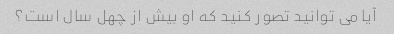
آیا می توانید تصور کنید که او بیش از چهل سال است؟